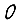
Digit: 0